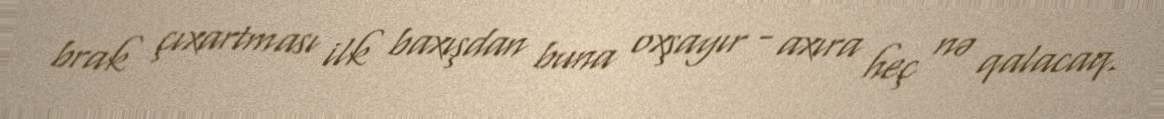
brak çıxartması ilk baxışdan buna oxşayır - axıra heç nə qalacaq.